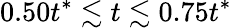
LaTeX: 0.50t^{*}\lesssim t\lesssim 0.75t^{*}